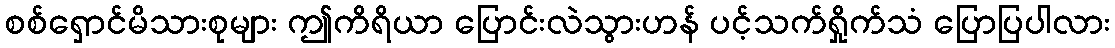
စစ်ရှောင်မိသားစုများ ဤကိရိယာ ပြောင်းလဲသွားဟန် ပင့်သက်ရှိုက်သံ ပြောပြပါလား